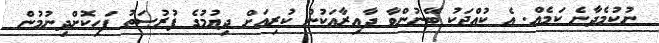
ނުކުމެދާނެ ކަމެއް. އެ ކުއްޖަކު ބޭނުންވާ ދާއިރާއަކުން ކުރިއަށް ދިޔުމުގެ ފުރުޞަތު ފަހިކޮށްދިނުމުން